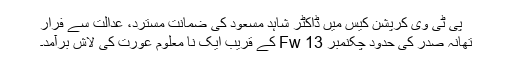
پی ٹی وی کرپشن کیس میں ڈاکٹر شاہد مسعود کی ضمانت مسترد، عدالت سے فرار
تھانہ صدر کی حدود چکنمبر 13 Fw کے قریب ایک نا معلوم عورت کی لاش برآمد۔